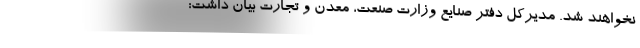
نخواهند شد. مدیرکل دفتر صنایع وزارت صنعت، معدن و تجارت بیان داشت: